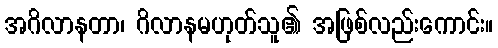
အဂိလာနတာ၊ ဂိလာနမဟုတ်သူ၏ အဖြစ်လည်းကောင်း။